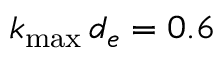
k _ { \mathrm { m a x } } \, d _ { e } = 0 . 6